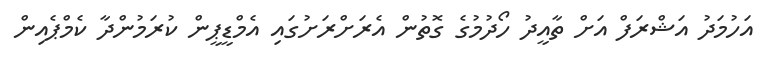
އަހުމަދު އަޝްރަފް އަށް ތާއީދު ހޯދުމުގެ ގޮތުން އެރަށްރަށުގައި އެމްޑީޕީން ކުރަމުންދާ ކެމްޕެއިން